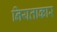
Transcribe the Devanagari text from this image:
नियताकार